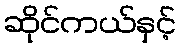
ဆိုင်ကယ်နှင့်